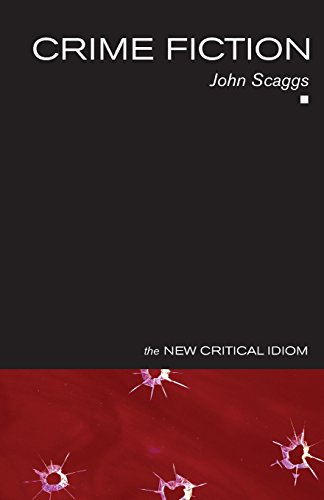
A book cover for Crime Fiction (The New Critical Idiom); John Scaggs; Mystery, Thriller & Suspense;